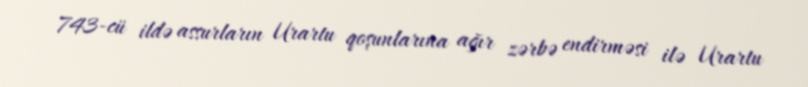
743-cü ildə assurların Urartu qoşunlarına ağır zərbə endirməsi ilə Urartu